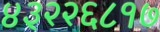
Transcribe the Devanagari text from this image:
४३२२६८१७